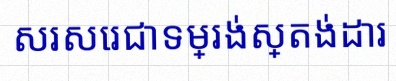
សរសេរជាទម្រង់ស្តង់ដារ